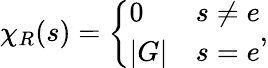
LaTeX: \chi_{R}(s)={\left\{ \begin{array}{ll}{0}&{s\neq e}\\ {|G|}&{s=e}\end{array}\right.},